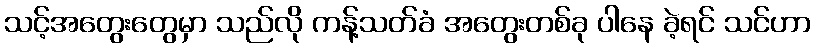
သင့်အတွေးတွေမှာ သည်လို ကန့်သတ်ခံ အတွေးတစ်ခု ပါနေ ခဲ့ရင် သင်ဟာ